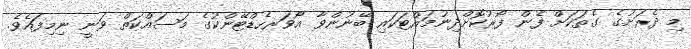
މި ދެރަށުގެ ގެތަކަށް ފެން ފޯރުކޮށްދިނުމައްޓަކައި ބޭނުންވާ އޯވަރހެޑްޓޭންކުގެ މަސައްކަތް ވަނީ ނިމިފައެވެ.